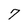
Character: 7